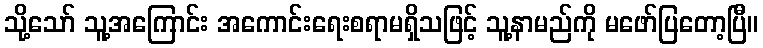
သို့သော် သူ့အကြောင်း အကောင်းရေးစရာမရှိသဖြင့် သူ့နာမည်ကို မဖော်ပြတော့ပြီ။